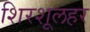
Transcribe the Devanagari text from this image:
शिरशूलहर